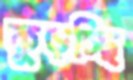
কুড়চ্ছি